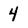
Character: 4